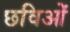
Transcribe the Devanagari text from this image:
छविओं